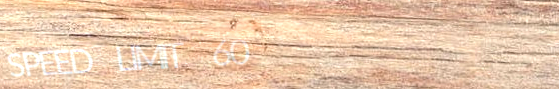
SPEED LIMIT 60